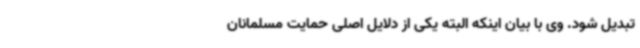
تبدیل شود. وی با بیان اینکه البته یکی از دلایل اصلی حمایت مسلمانان